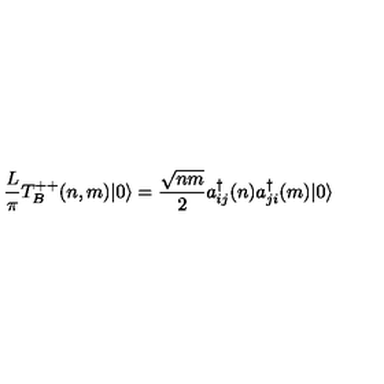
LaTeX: \frac { L } { \pi } T _ { B } ^ { + + } ( n , m ) | 0 \rangle = { \frac { \sqrt { n m } } { 2 } } a _ { i j } ^ { \dagger } ( n ) a _ { j i } ^ { \dagger } ( m ) | 0 \rangle